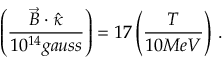
\left( \frac { \vec { B } \cdot \hat { \kappa } } { 1 0 ^ { 1 4 } g a u s s } \right) = 1 7 \left( \frac { T } { 1 0 M e V } \right) \, .